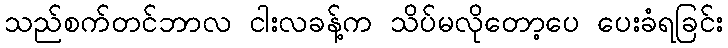
သည်စက်တင်ဘာလ ငါးလခန့်က သိပ်မလိုတော့ပေ ပေးခံရခြင်း